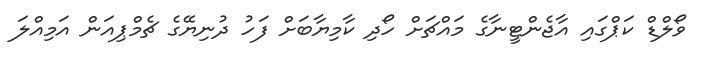
ވޯލްޑް ކަޕްގައި އާޖެންޓީނާގެ މައްޗަށް ހޯދި ކާމިޔާބަށް ފަހު ދުނިޔޭގެ ޗެމްޕިއަން އަމިއްލަ